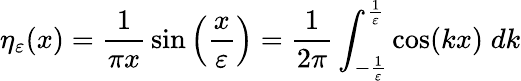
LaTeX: \eta_{\varepsilon}(x)={\frac{1}{\pi x}}\sin\left({\frac{x}{\varepsilon}}\right)={\frac{1}{2\pi}}\int_{-{\frac{1}{\varepsilon}}}^{\frac{1}{\varepsilon}}\cos(kx)\; dk